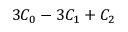
3 C _ { 0 } - 3 C _ { 1 } + C _ { 2 }